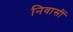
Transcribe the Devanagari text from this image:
निवासीं